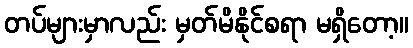
တပ်များမှာလည်း မှတ်မိနိုင်စရာ မရှိတော့။